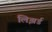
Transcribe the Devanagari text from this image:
लिझर्ड